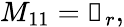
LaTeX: M_{11}=\mathbb{0}_{r},